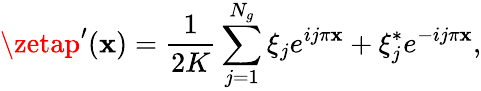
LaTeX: \zetap^{\prime}(\mathbf{x})=\frac{{1}}{{2K}}\sum_{j=1}^{N_{g}}\xi_{j}e^{ij\pi\mathbf{x}}+\xi_{j}^{*}e^{-ij\pi\mathbf{x}},